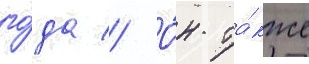
го́да // О́н та́кже